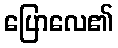
ပြောလေ၏